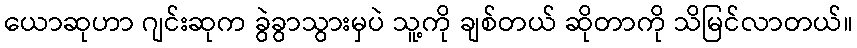
ယောဆုဟာ ဂျင်းဆုက ခွဲခွာသွားမှပဲ သူ့ကို ချစ်တယ် ဆိုတာကို သိမြင်လာတယ်။